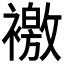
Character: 𧝳